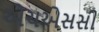
એચએસસી